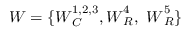
\boldsymbol { W } = \{ \boldsymbol { W } _ { C } ^ { 1 , 2 , 3 } , \boldsymbol { W } _ { R } ^ { 4 } , ~ \boldsymbol { W } _ { R } ^ { 5 } \}